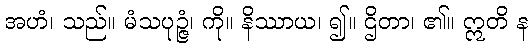
အဟံ၊ သည်။ မံသပုဉ္ဇံ၊ ကို။ နိဿာယ၊ ၍။ ဌိတာ၊ ၏။ ဣတိ န